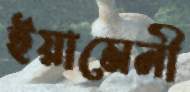
ইয়ামেনী